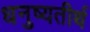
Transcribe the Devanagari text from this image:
धनुष्यतीर्थ